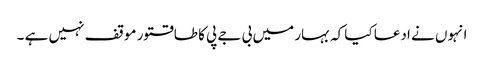
انہوں نے ادعا کیا کہ بہار میں بی جے پی کا طاقتور موقف نہیں ہے ۔